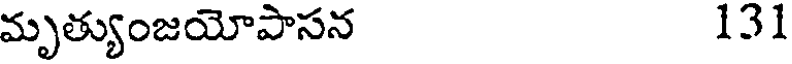
మృత్యుంజయోపాసన 131